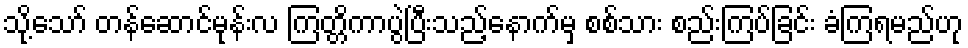
သို့သော် တန်ဆောင်မုန်းလ ကြတ္တိကာပွဲပြီးသည့်နောက်မှ စစ်သား စည်းကြပ်ခြင်း ခံကြရမည်ဟု